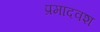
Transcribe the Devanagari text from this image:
प्रमादवश